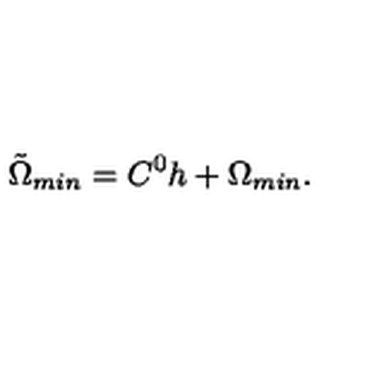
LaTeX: { \tilde { \Omega } } _ { m i n } = C ^ { 0 } h + \Omega _ { m i n } .